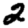
Digit: 2